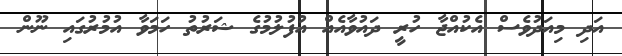
އަދި މިއަދުވެސް އެކުއްޖާ ހުރީ ދައުވާއެއް އުފުލުމުގެ ޝަރުތު ހަމަވާ އުމުރުގައި ނޫން